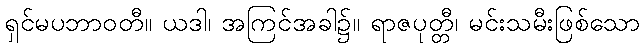
ရှင်မပဘာဝတီ။ ယဒါ၊ အကြင်အခါ၌။ ရာဇပုတ္တီ၊ မင်းသမီးဖြစ်သော